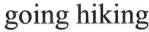
going hiking